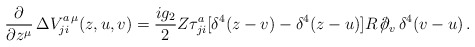
\begin{align*}\frac{\partial}{\partial z^\mu}\,\Delta V^{a\,\mu}_{ji}(z,u,v)=\frac{ig_2}{2}Z\tau^a_{ji}[\delta^4(z-v)-\delta^4(z-u)]R\, /\hspace{-2mm}\partial_v\,\delta^4(v-u) \, .\end{align*}